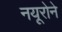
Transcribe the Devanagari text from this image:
नयूरोने